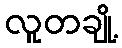
လူတချို့